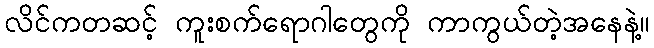
လိင်ကတဆင့် ကူးစက်ရောဂါတွေကို ကာကွယ်တဲ့အနေနဲ့။